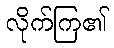
လိုက်ကြ၏